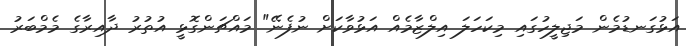
އަޅުގަނޑުމެން މަޖިލީހުގައި މިކަހަލަ އިލްޒާމެއް އަޅުވާކަށް ނުފެނޭ" މައްޗަންގޮޅީ އުތުރު ދާއިރާގެ މެމްބަރު